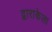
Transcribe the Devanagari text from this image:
द्वाराकेला